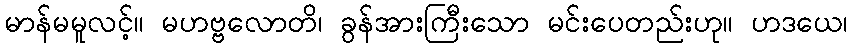
မာန်မမူလင့်။ မဟဗ္ဗလောတိ၊ ခွန်အားကြီးသော မင်းပေတည်းဟု။ ဟဒယေ၊